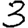
Digit: 3